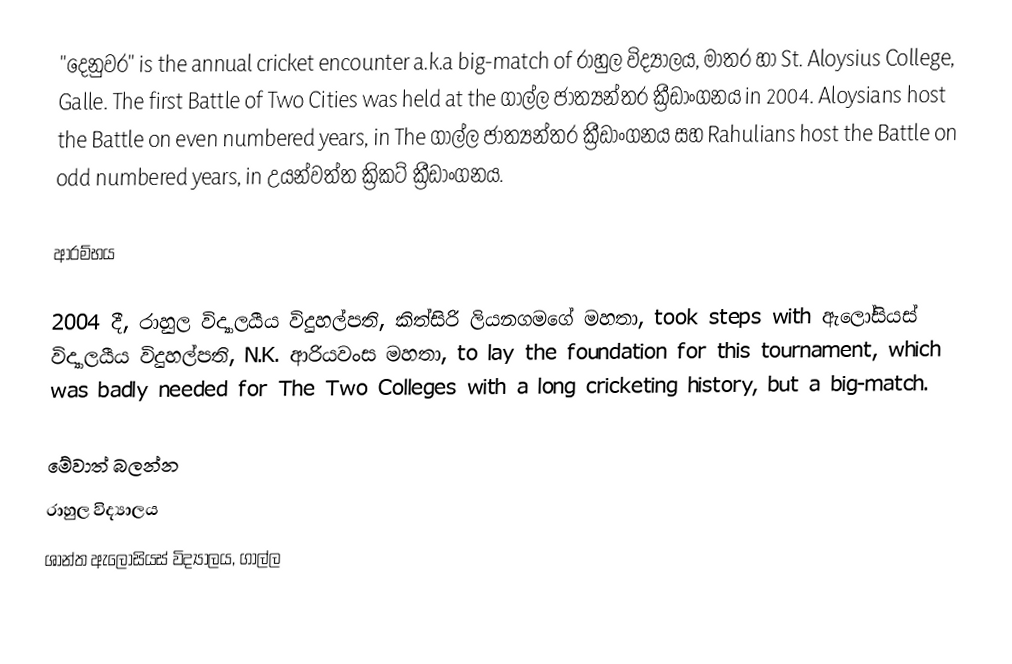
"දෙනුවර" is the annual cricket encounter a.k.a big-match of රාහුල විද්‍යාලය, මාතර හා St. Aloysius College, Galle.  The first Battle of Two Cities was held at the ගාල්ල ජාත්‍යන්තර ක්‍රීඩාංගනය in 2004.  Aloysians host the Battle on even numbered years, in The  ගාල්ල ජාත්‍යන්තර ක්‍රීඩාංගනය සහ Rahulians host the Battle on odd numbered years, in උයන්වත්ත ක්‍රිකට් ක්‍රීඩාංගනය.

ආරම්භය

2004 දී, රාහුල විද්‍යාලයීය විදුහල්පති, කිත්සිරි ලියනගමගේ මහතා, took steps with ඇලෝසියස් විද්‍යාලයීය විදුහල්පති, N.K. ආරියවංස මහතා, to lay the foundation for this tournament, which was badly needed for The Two Colleges with a long cricketing history, but a big-match.

මේවාත් බලන්න
 රාහුල විද්‍යාලය
 ශාන්ත ඇලෝසියස් විද්‍යාලය, ගාල්ල